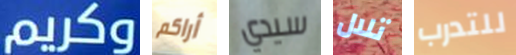
وكريم أراكم سيدي تلال للتدرب